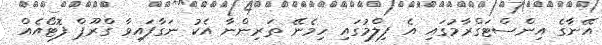
އޭނާގެ އިންސްޓަގްރާމުގައި އެ ފިލްމުގައި ހިމެނޭ ތަރިންނާ އެކު ނަގާފައިވާ ގްރޫޕް ފޮޓޯއެއް